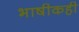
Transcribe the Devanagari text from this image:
भाषीकही